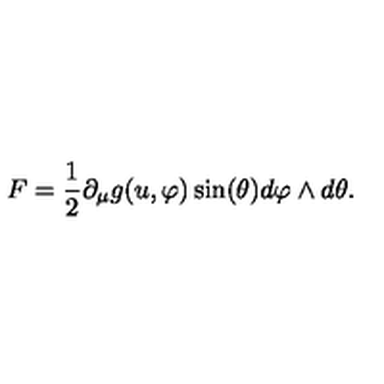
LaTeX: F = \frac { 1 } { 2 } \partial _ { \mu } g ( u , \varphi ) \sin ( \theta ) d \varphi \wedge d \theta .